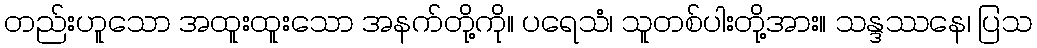
တည်းဟူသော အထူးထူးသော အနက်တို့ကို။ ပရေသံ၊ သူတစ်ပါးတို့အား။ သန္ဒဿနေ၊ ပြသ